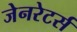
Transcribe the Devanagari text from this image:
जेनरेटर्स